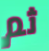
ثم